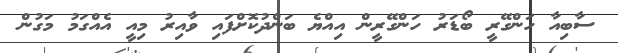
ސާބިއާ ހަންގޭރީ ބޯޑަރު ހަންގޭރީން އިއްޔެ ބަންދުކޮށްފައި ވާއިރު މިއީ އެއްގަމު މަގުން